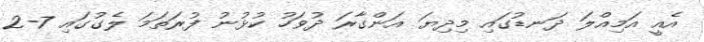
އެއީ އަމިއްލަ ދަނޑުގައި މިދިޔަ އަންގާރަ ދުވަހު ކުޅުނު ފުރަތަމަ ލެގުގައި 7-2